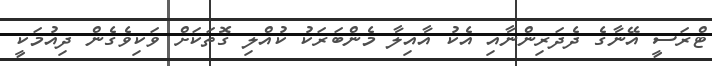
ޓްރަސީ އޭނާގެ ދެދަރިންނާއި އެކު އާއިލާ މެންބަރަކު ކުއްލި ގޮތަކަށް ވަކިވެގެން ދިއުމަކީ